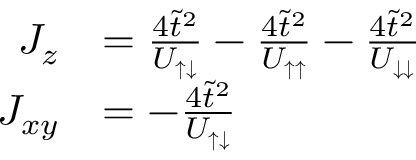
\begin{array} { r l } { J _ { z } } & { = \frac { 4 \tilde { t } ^ { 2 } } { U _ { \uparrow \downarrow } } - \frac { 4 \tilde { t } ^ { 2 } } { U _ { \uparrow \uparrow } } - \frac { 4 \tilde { t } ^ { 2 } } { U _ { \downarrow \downarrow } } } \\ { J _ { x y } } & { = - \frac { 4 \tilde { t } ^ { 2 } } { U _ { \uparrow \downarrow } } } \end{array}